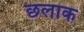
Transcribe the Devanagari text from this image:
छलाक